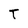
Character: T